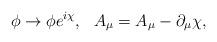
LaTeX: \begin{align*}\phi\rightarrow\phi e^{i\chi},\ \ A_{\mu}=A_{\mu}-\partial_{\mu}\chi,\end{align*}